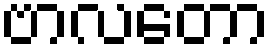
ဗာလတော